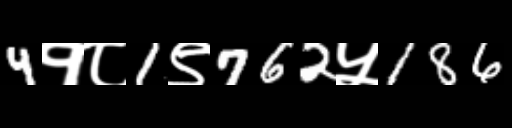
Text: 4१८1९762५186